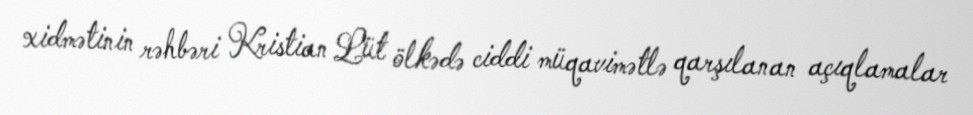
xidmətinin rəhbəri Kristian Lüt ölkədə ciddi müqavimətlə qarşılanan açıqlamalar